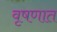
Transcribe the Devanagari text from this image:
वृषणात